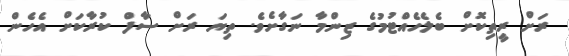
ރަށް ރީތިކޮށް ބެލެހެއްޓުމުގެ ޒިންމާ ނަގާށެވެ. ތިޔަ ރަށް ސާފް ކުރާކަށް އެހެން